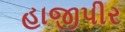
હાજીપીર